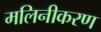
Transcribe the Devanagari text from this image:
मलिनीकरण